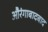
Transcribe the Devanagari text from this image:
औरंगाबादबाद